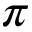
\pi